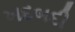
ખદબદી